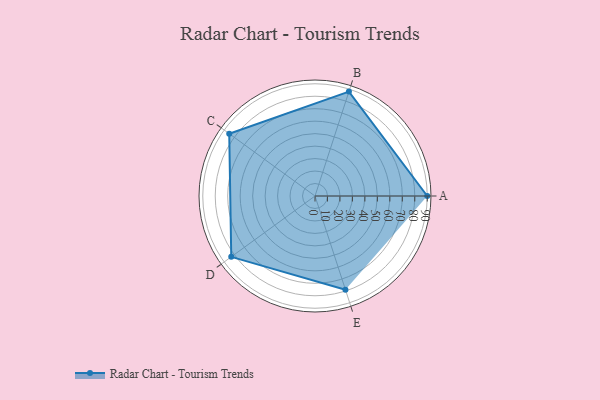
{"axis": {"x": "Skill", "y": "Score"}, "legend": ["Profile"], "data": [{"x": "A", "y": 90.0, "type": "Profile"}, {"x": "B", "y": 88.0, "type": "Profile"}, {"x": "C", "y": 85.0, "type": "Profile"}, {"x": "D", "y": 83.0, "type": "Profile"}, {"x": "E", "y": 79.0, "type": "Profile"}]}